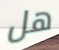
هل